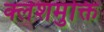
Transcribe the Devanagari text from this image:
क्लेशमुक्ति